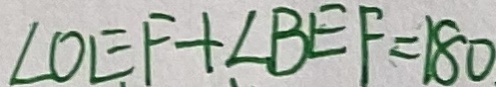
\angle O E F + \angle B E F = 1 8 0